NAE_ERA_R-1665_Eesti_Kunstnike_Liit, lk 81
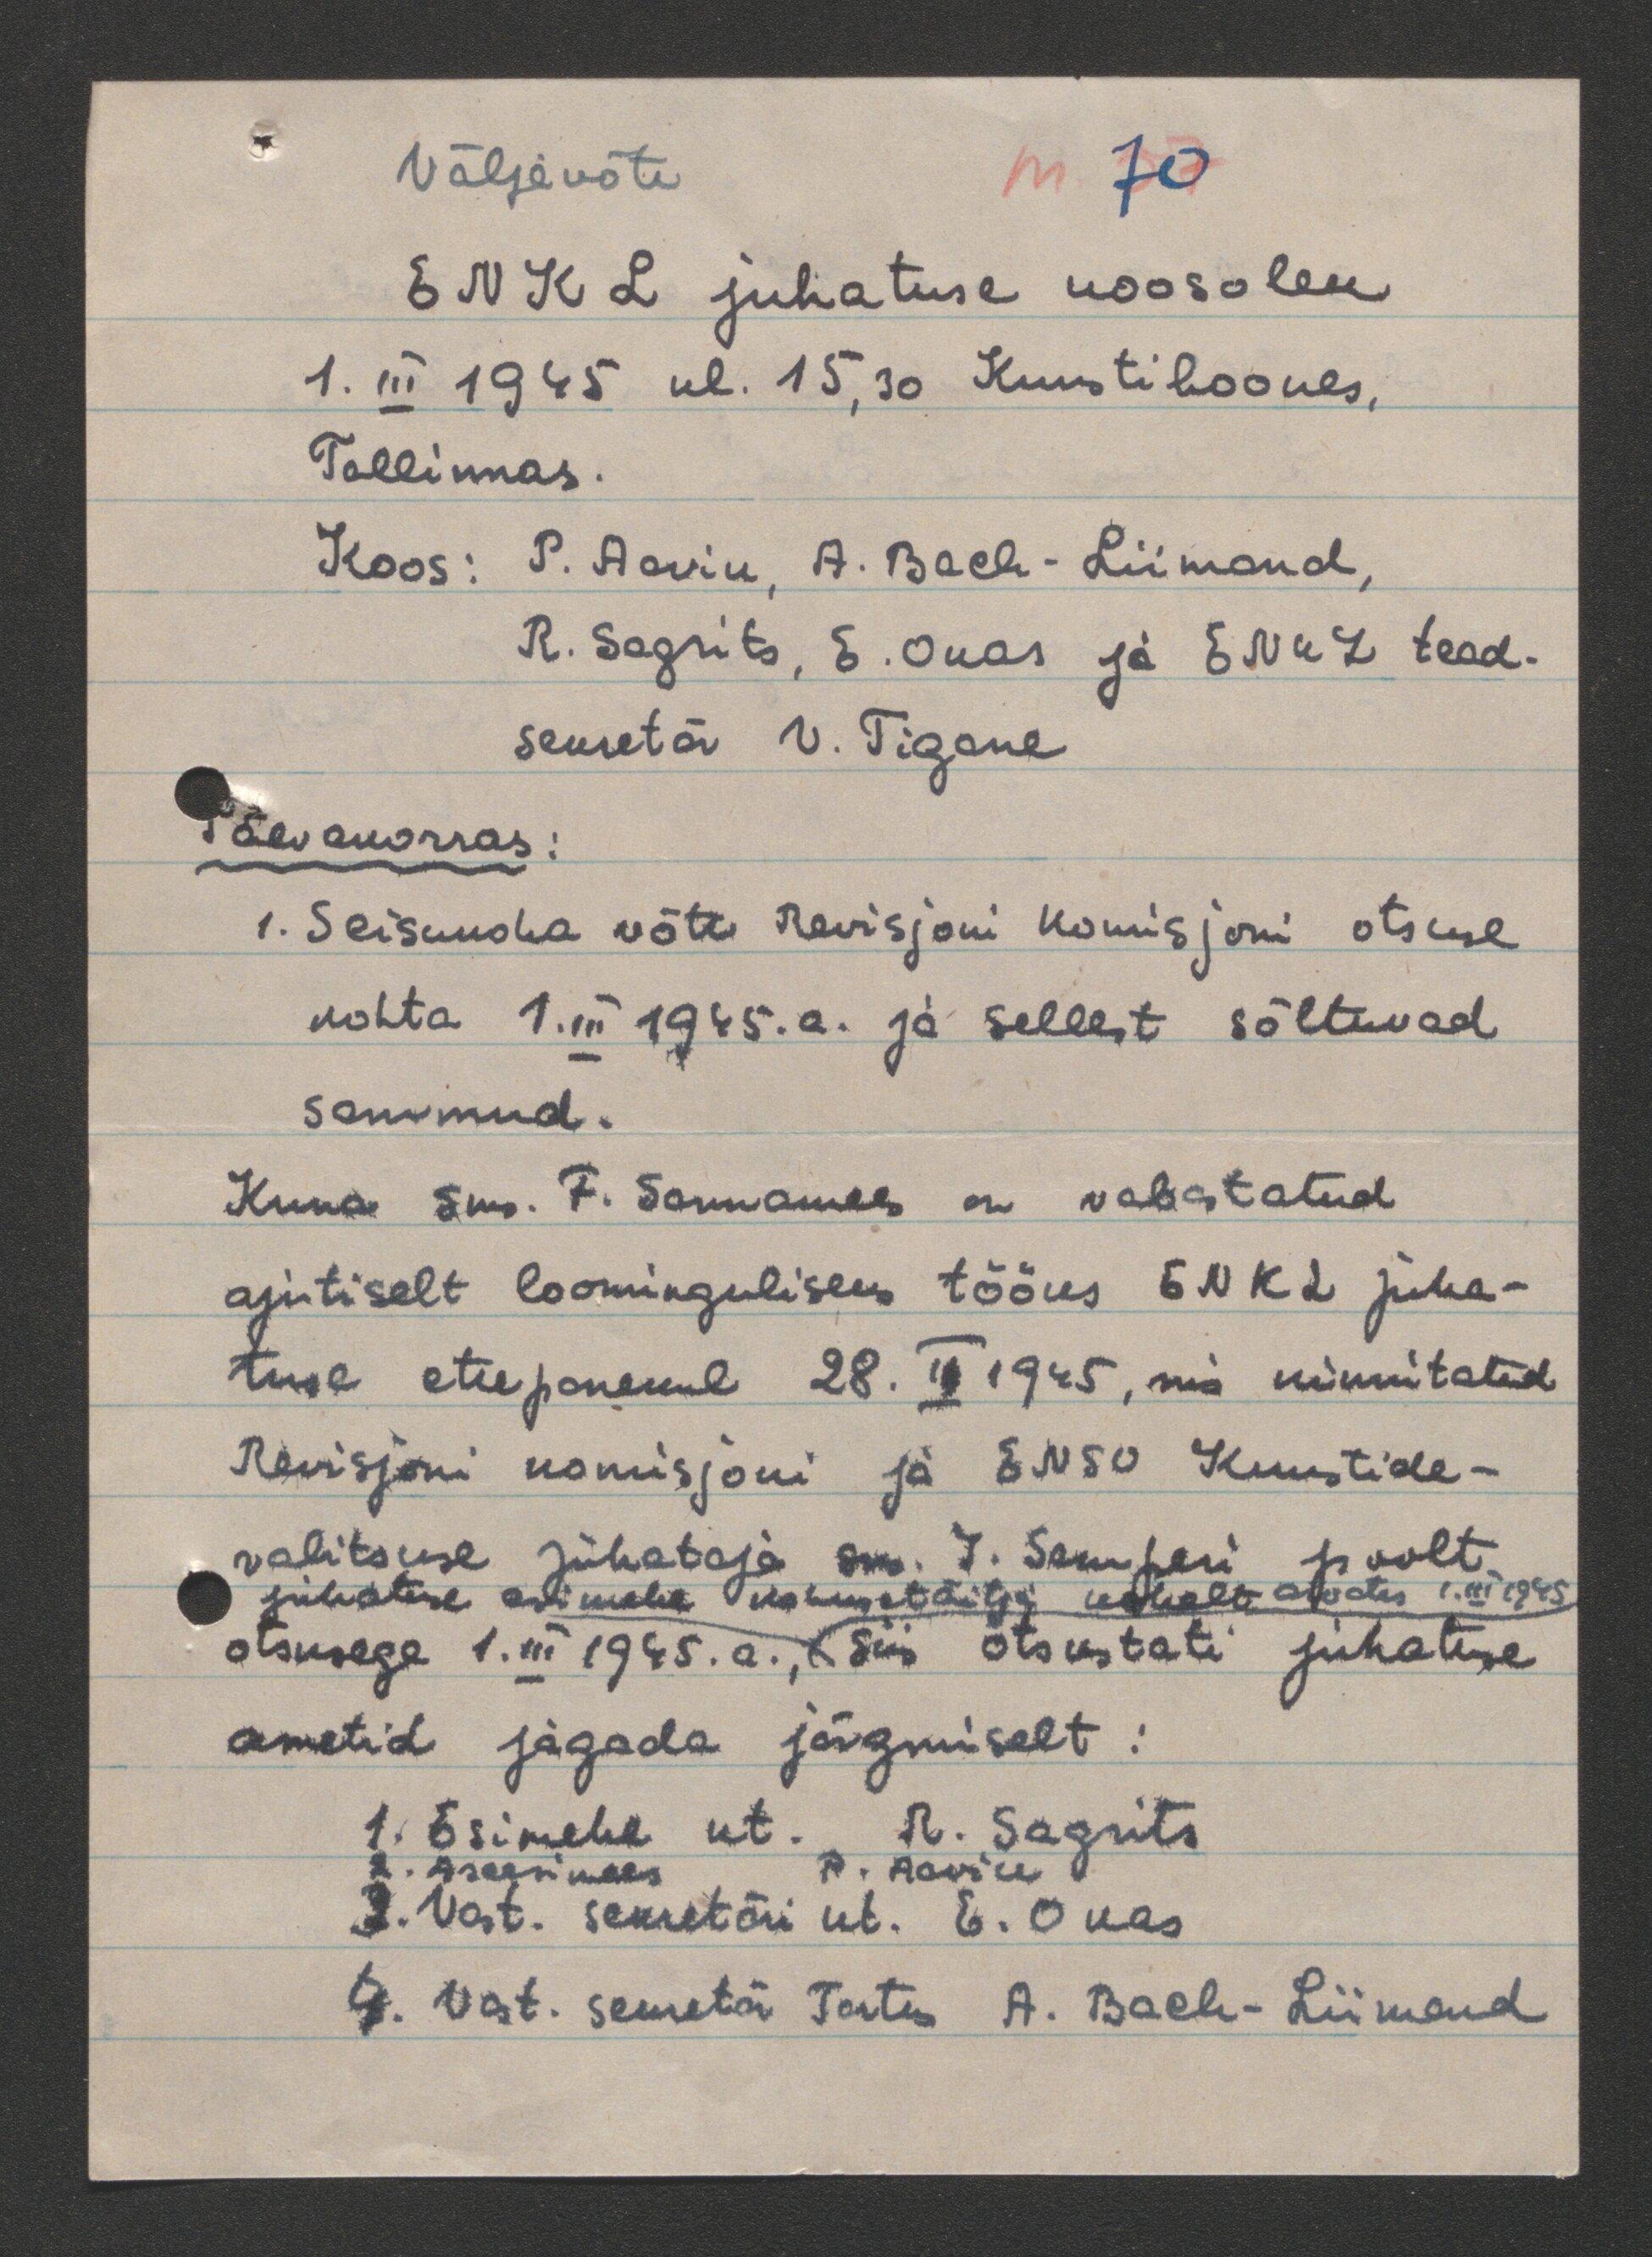
Väljavõte
70
ENKL juhatuse koosolek
1. III 1945 kl. 15,30 Kunstihoones,
Tallinnas.
Koos: P. Aavik, A. Bach - Liimand,
R. Sagrits, E. Okas ja ENKL tead.
sekretär V. Tigane
Päevakorras:
1. Seisukoha võtt Revisjoni Komisjoni otsuse
kohta 1.III 1945.a. ja sellest sõltuvad
sammud.
Kuna sm. F. Sannamees on vabastatud
ajutiselt loominguliseks tööks ENKL juha-
tuse ettepanekul 28. II 1945, mis kinnitatud
Revisjoni komisjoni ja ENSV Kunstide-
valitsuse juhataja sm. J. Semperi poolt.
juhatuse esimehe kohusetäitja kohalt alates 1.III 1945
otsusega 1.III 1945.a., siis otsustati juhatuse
ametid jagada järgmiselt:
1. Esimehe kt. R. Sagrits
2. Aseesimees P. Aavik
3. Vast. sekretäri kt. E. Okas
4. Vast. sekretär Tartus A. Bach-Liimand